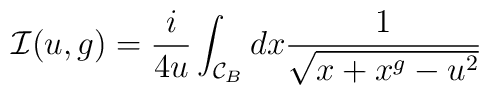
{\cal I}(u,g)=\frac{i}{4u}\int_{{\cal C}_B} dx \frac{1}{\sqrt{x + x^g - u^2}}